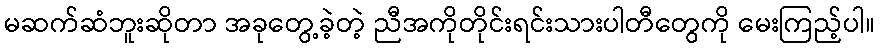
မဆက်ဆံဘူးဆိုတာ အခုတွေ့ခဲ့တဲ့ ညီအကိုတိုင်းရင်းသားပါတီတွေကို မေးကြည့်ပါ။